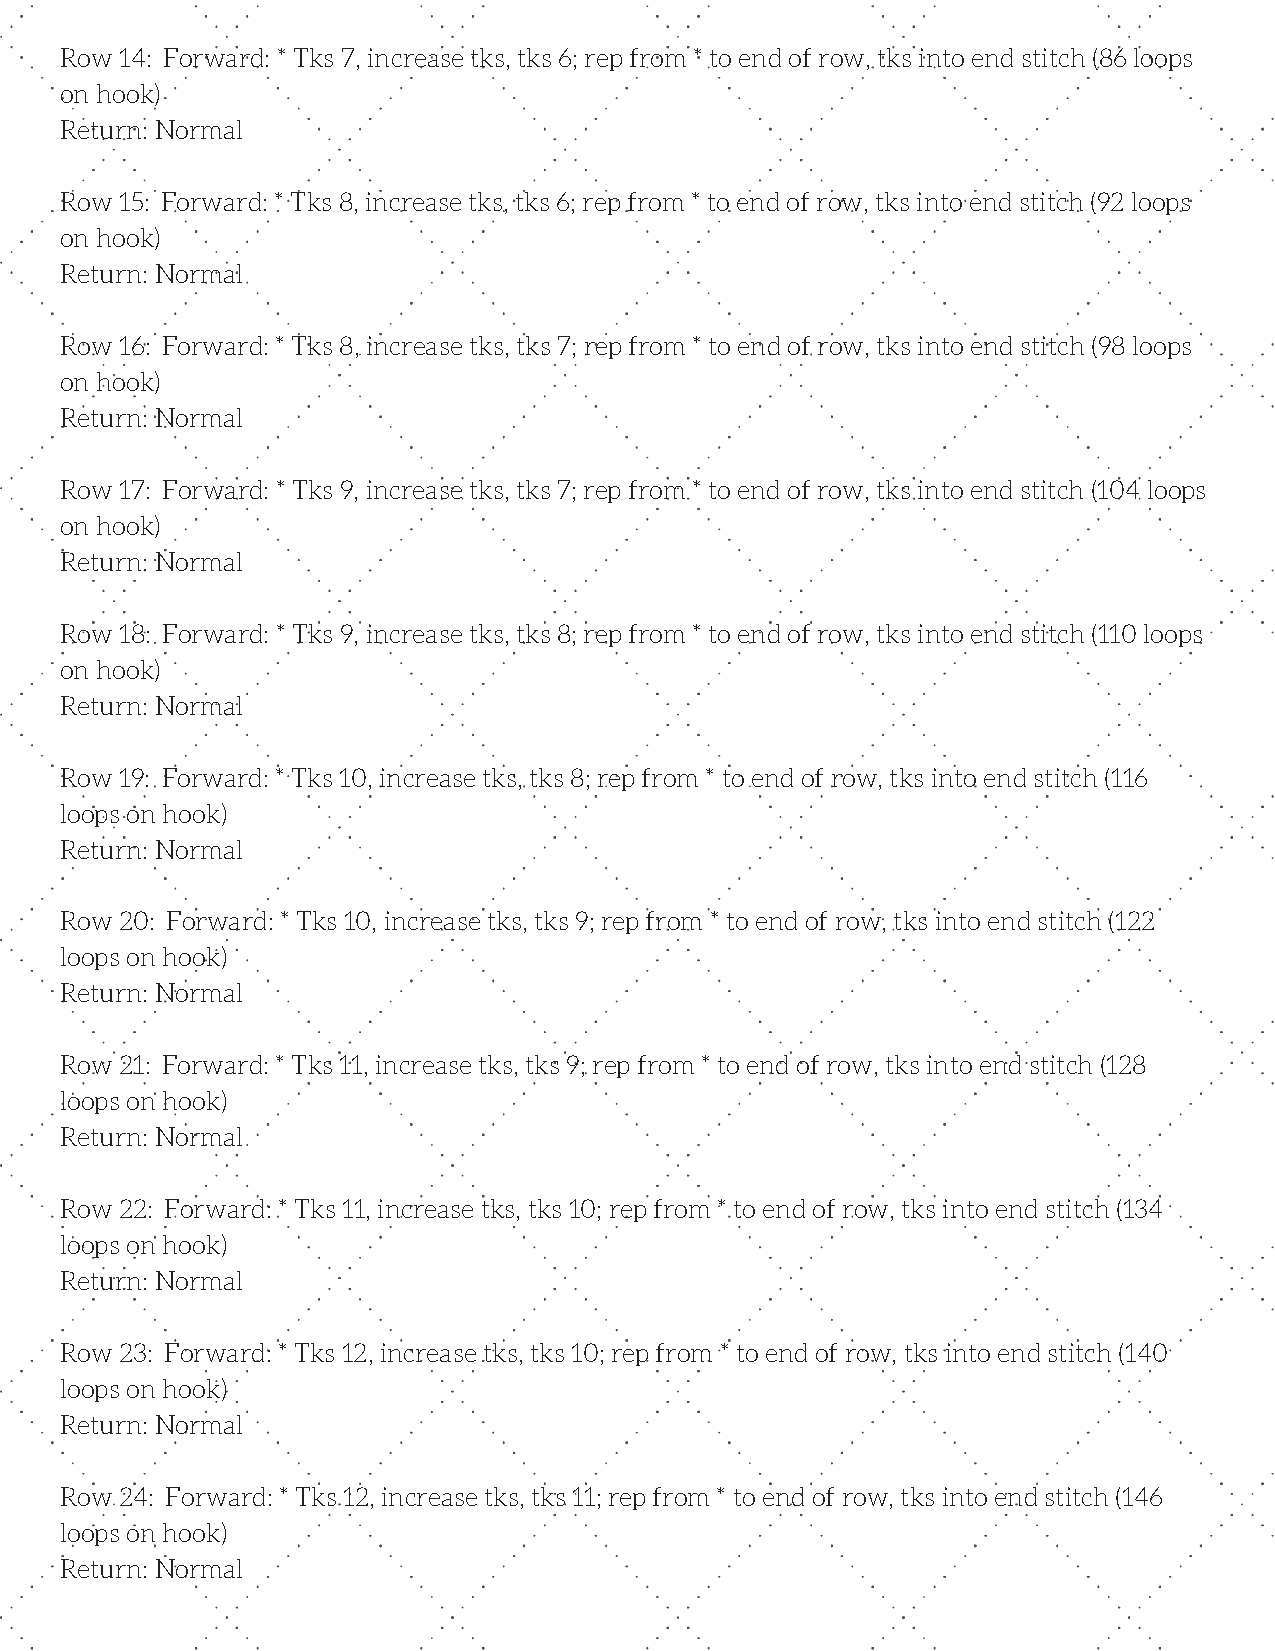
Row 14: Forward: * Tks 7, increase tks, tks 6; rep from * to end of row, tks into end stitch (86 loops
 on hook)
 Return: Normal
 Row 15: Forward: * Tks 8, increase tks, tks 6; rep from * to end of row, tks into end stitch (92 loops
 on hook)
 Return: Normal
 Row 16: Forward: * Tks 8, increase tks, tks 7; rep from * to end of row, tks into end stitch (98 loops
 on hook)
 Return: Normal
 Row 17: Forward: * Tks 9, increase tks, tks 7; rep from * to end of row, tks into end stitch (104 loops
 on hook)
 Return: Normal
 Row 18: Forward: * Tks 9, increase tks, tks 8; rep from * to end of row, tks into end stitch (110 loops
 on hook)
 Return: Normal
 Row 19: Forward: * Tks 10, increase tks, tks 8; rep from * to end of row, tks into end stitch (116
 loops on hook)
 Return: Normal
 Row 20: Forward: * Tks 10, increase tks, tks 9; rep from * to end of row, tks into end stitch (122
 loops on hook)
 Return: Normal
 Row 21: Forward: * Tks 11, increase tks, tks 9; rep from * to end of row, tks into end stitch (128
 loops on hook)
 Return: Normal
 Row 22: Forward: * Tks 11, increase tks, tks 10; rep from * to end of row, tks into end stitch (134
 loops on hook)
 Return: Normal
 Row 23: Forward: * Tks 12, increase tks, tks 10; rep from * to end of row, tks into end stitch (140
 loops on hook)
 Return: Normal
 Row 24: Forward: * Tks 12, increase tks, tks 11; rep from * to end of row, tks into end stitch (146
 loops on hook)
 Return: Normal